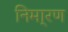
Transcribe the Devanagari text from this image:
निमा्रण